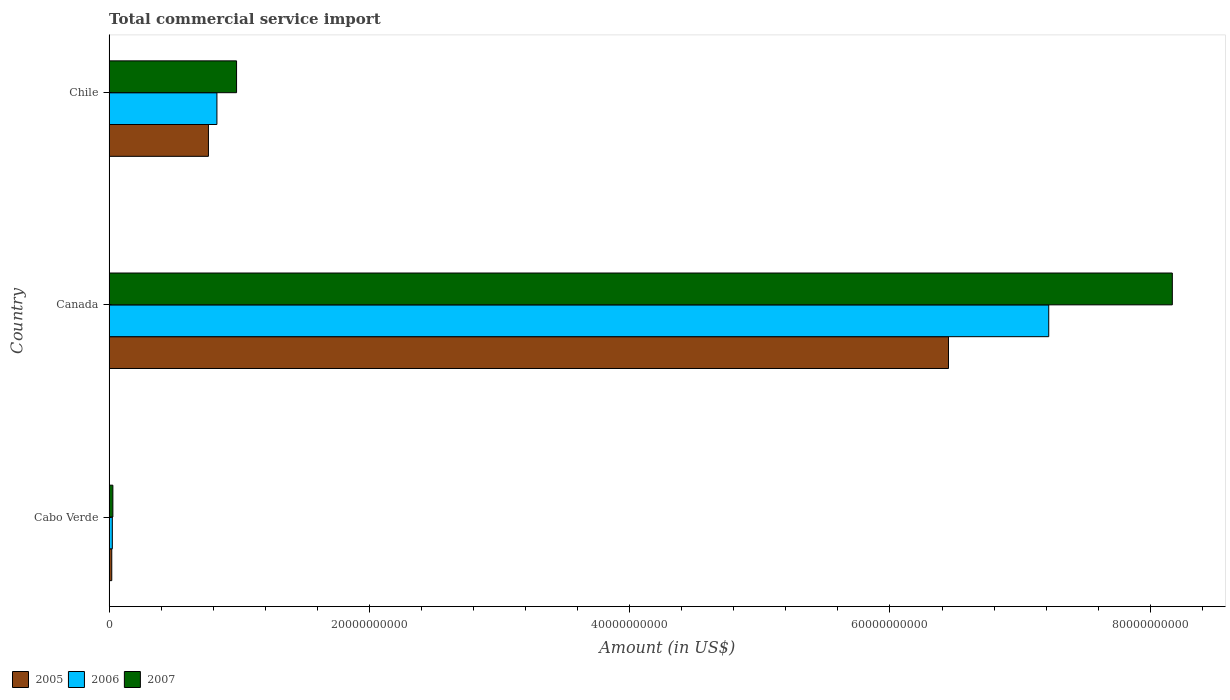
| Country | 2005 | 2006 | 2007 |
 | --- | --- | --- | --- |
 | Cabo Verde | 2.07e+08 | 2.51e+08 | 2.92e+08 |
 | Canada | 6.45e+10 | 7.22e+10 | 8.17e+10 |
 | Chile | 7.63e+09 | 8.29e+09 | 9.8e+09 |